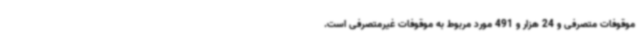
موقوفات متصرفی و 24 هزار و 491 مورد مربوط به موقوفات غیرمتصرفی است.